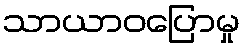
သာယာဝပြောမှု